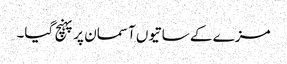
مزے کے ساتیوں آسمان پر پہنچ گیا۔